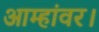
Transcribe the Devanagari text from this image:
आम्हांवर।